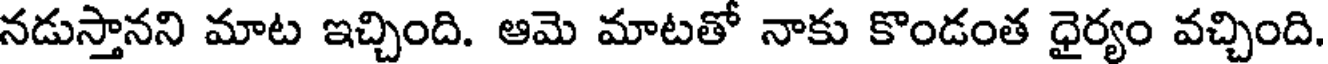
నడుస్తానని మాట ఇచ్చింది. ఆమె మాటతో నాకు కొండంత ధైర్యం వచ్చింది.